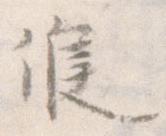
候